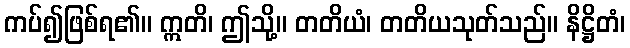
ကပ်၍ဖြစ်ရ၏။ ဣတိ၊ ဤသို့။ တတိယံ၊ တတိယသုတ်သည်။ နိဋ္ဌိတံ၊